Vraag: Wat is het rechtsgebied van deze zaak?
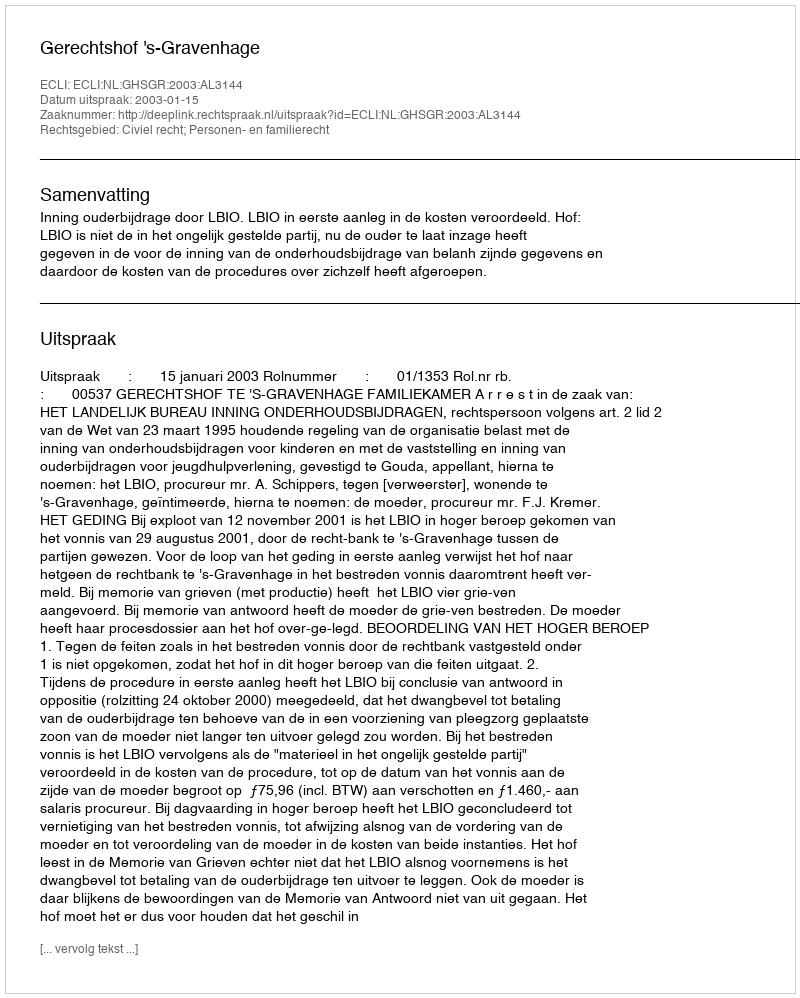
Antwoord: Civiel recht; Personen- en familierecht